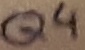
Text: Q4